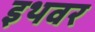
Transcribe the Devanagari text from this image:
इथवर